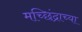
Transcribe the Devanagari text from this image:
मच्छिंद्राच्या